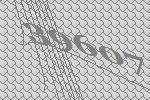
39607